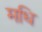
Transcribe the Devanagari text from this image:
मधि